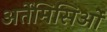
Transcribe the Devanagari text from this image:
अर्तेमिसिओं